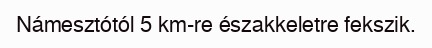
Námesztótól 5 km-re északkeletre fekszik.